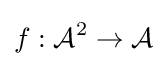
f:{\mathcal {A}}^{2}\to {\mathcal {A}}